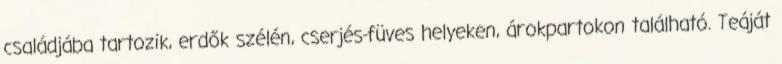
családjába tartozik, erdők szélén, cserjés-füves helyeken, árokpartokon található. Teáját